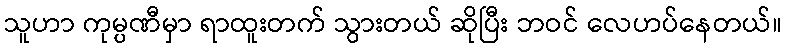
သူဟာ ကုမ္ပဏီမှာ ရာထူးတက် သွားတယ် ဆိုပြီး ဘဝင် လေဟပ်နေတယ်။